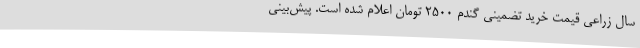
سال زراعی قیمت خرید تضمینی گندم 2500 تومان اعلام شده است. پیش‌بینی